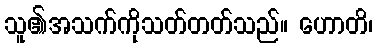
သူ၏အသက်ကိုသတ်တတ်သည်။ ဟောတိ၊